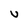
Character: U